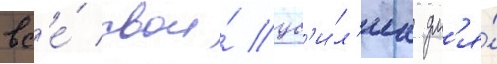
вс'е́ свои́ ус'и́л'иа дл'я́